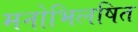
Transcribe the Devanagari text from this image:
मनोभिलषित